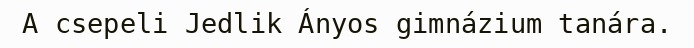
A csepeli Jedlik Ányos gimnázium tanára.